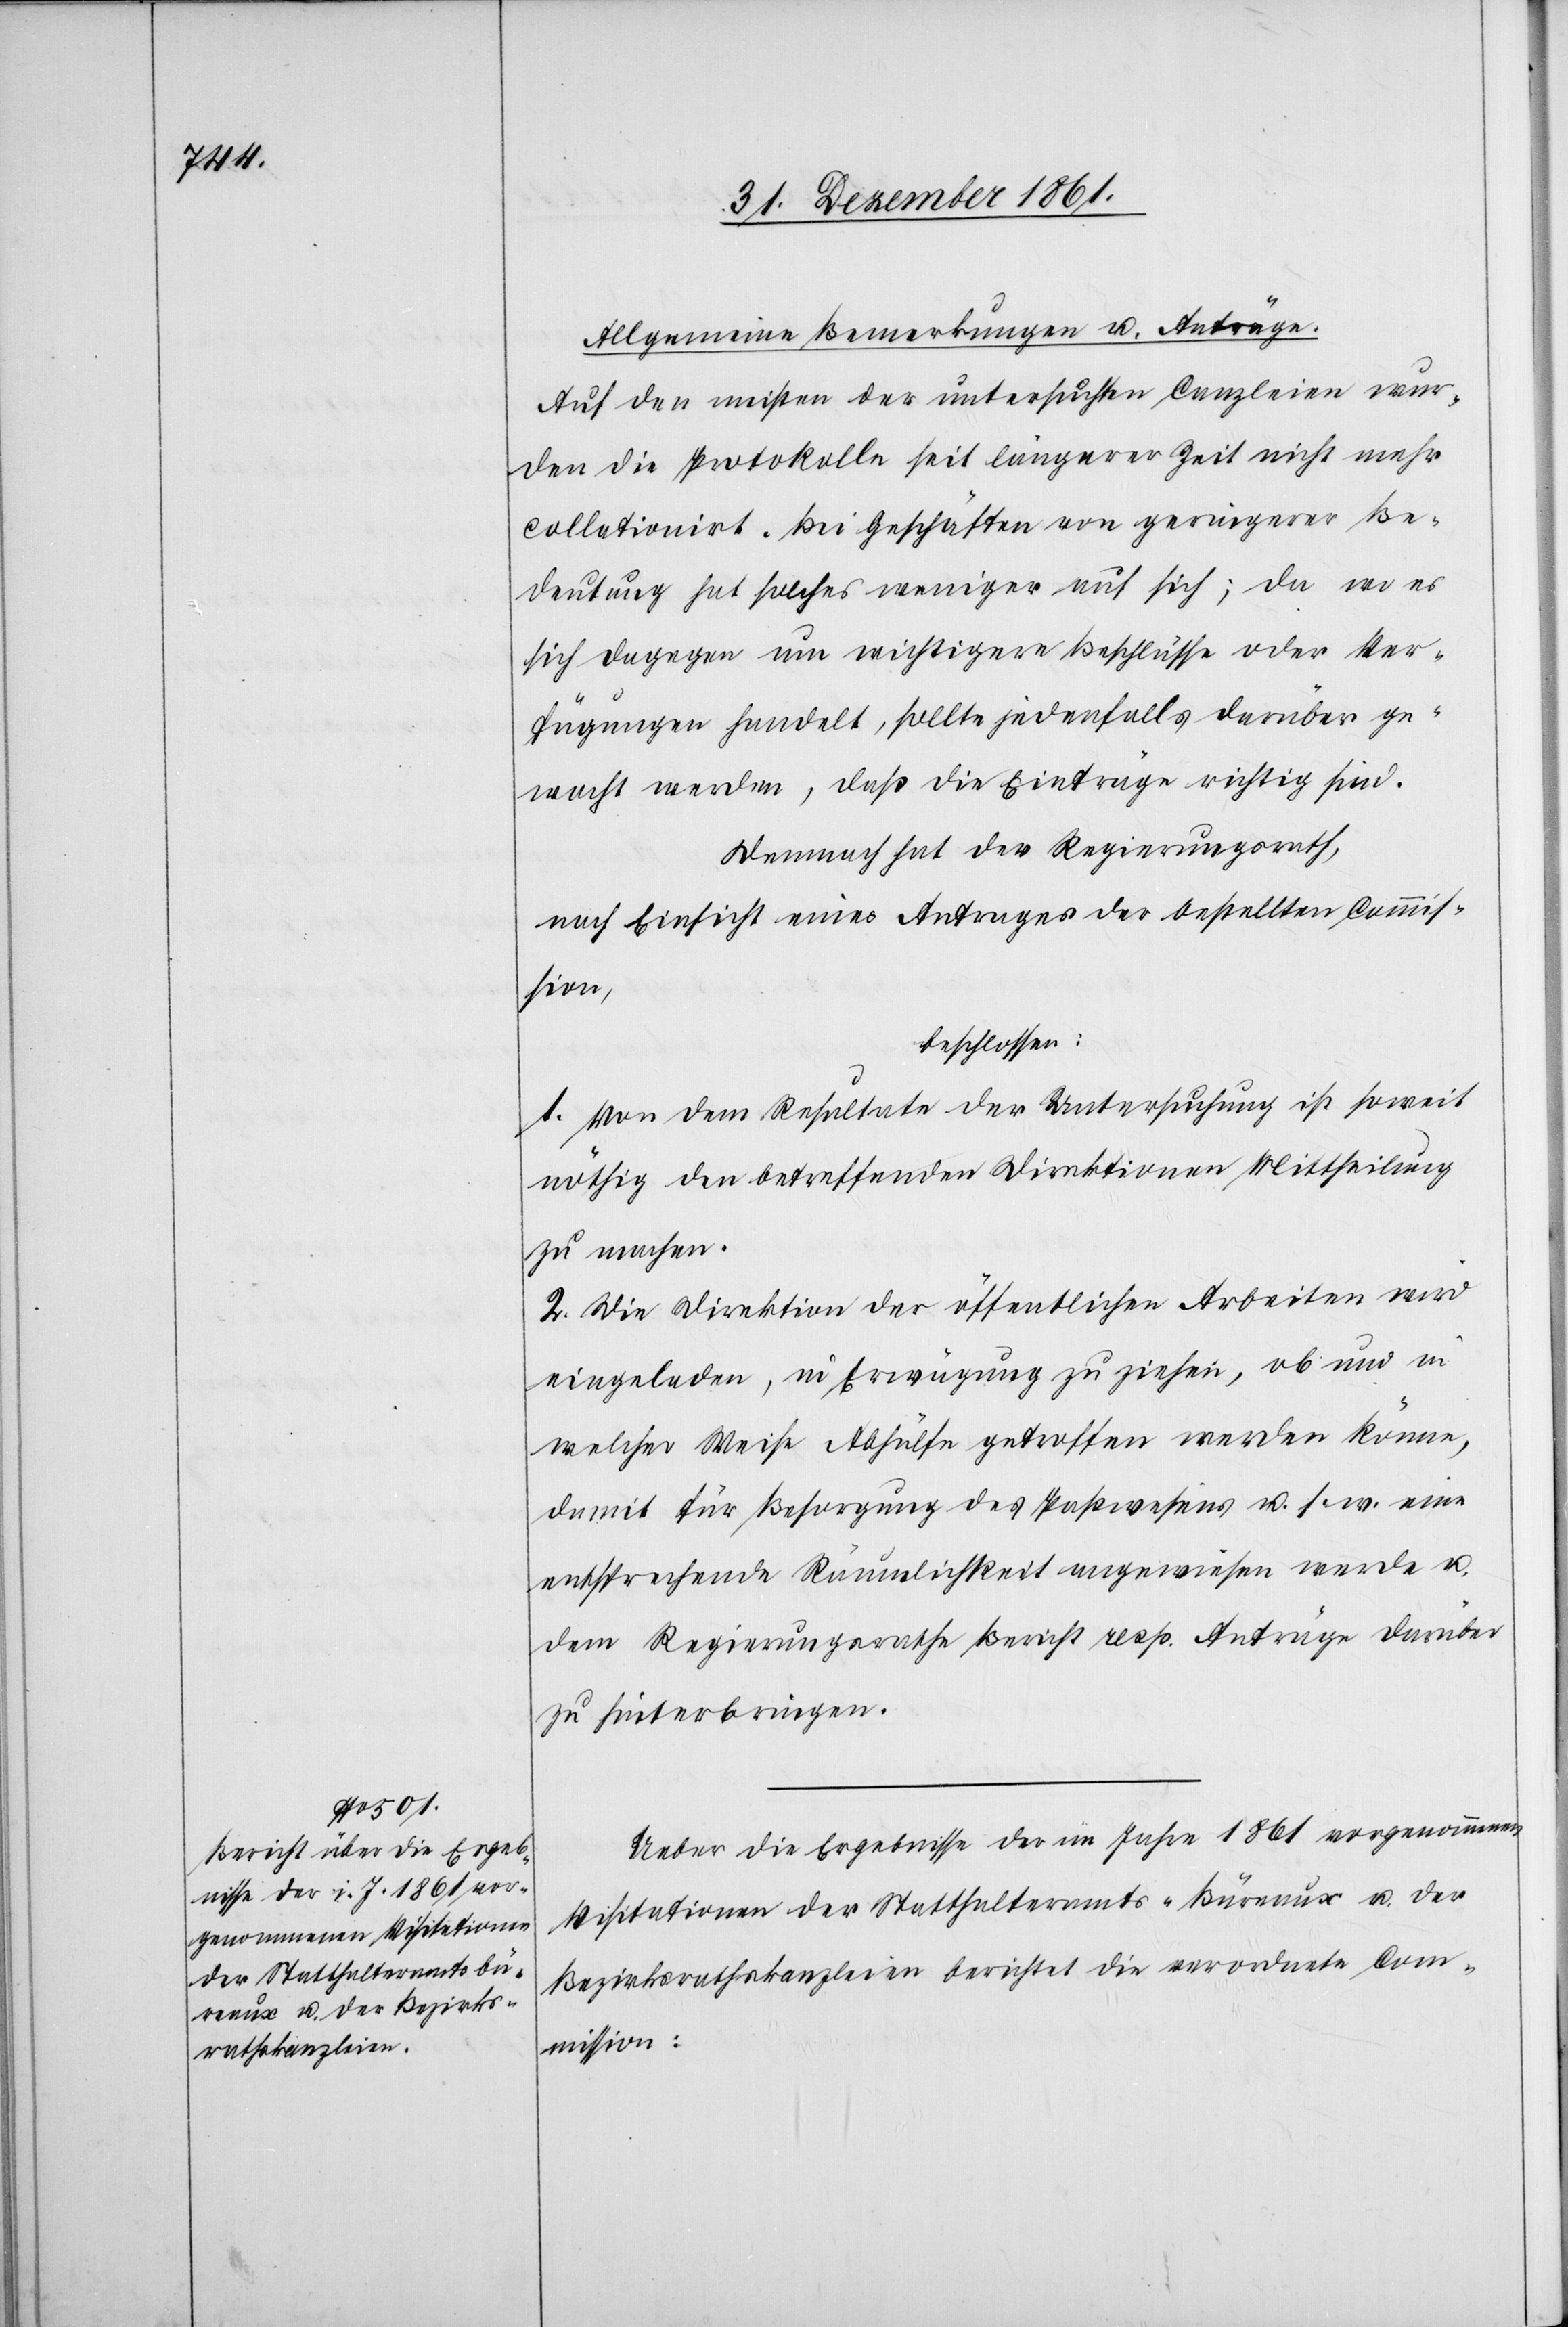
Allgemeine Bemerkungen u. Anträge.
Auf den meisten der untersuchten Canzleien wur¬
den die Protokolle seit längerer Zeit nicht mehr
collationirt. Bei Geschäften von geringerer Be¬
deutung hat solches weniger auf sich; da wo es
sich dagegen um wichtigere Beschlüsse oder Ver¬
fügungen handelt, sollte jedenfalls darüber ge¬
wacht werden, daß die Einträge richtig sind.
Demnach hat der Regierungsrath,
nach Einsicht eines Antrages der bestellten Commis¬
sion,
beschlossen:
1. Von dem Resultate der Untersuchung ist soweit
nöthig den betreffenden Direktionen Mittheilung
zu machen.
2. Die Direktion der öffentlichen Arbeiten wird
eingeladen, in Erwägung zu ziehen, ob und in
welcher Weise Abhülfe getroffen werden könne,
damit für Besorgung des Paßwesens u. s. w. eine
entsprechende Räumlichkeit angewiesen werde u.
dem Regierungsrathe Bericht resp. Anträge darüber
zu hinterbringen.
Ueber die Ergebnisse der im Jahr 1861 vorgenommenen
Visitationen der Statthalteramts-Büreaux u. der
Bezirksrathskanzleien berichtet die verordnete Com¬
mission: